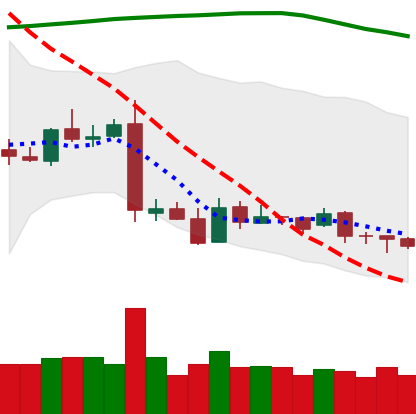
Ticker: XRP-USD
Chart end date: 2019-01-23
Forward return: -6.834%
Label: down_5_7